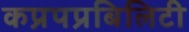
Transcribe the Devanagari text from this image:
कप्रपप्रबिलिटी